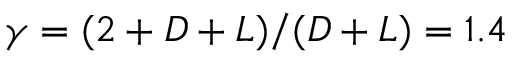
\gamma = ( 2 + D + L ) / ( D + L ) = 1 . 4